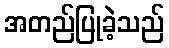
အတည်ပြုခဲ့သည်